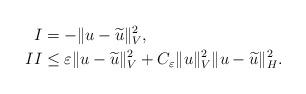
LaTeX: \begin{align*}I & = - \Vert u - \widetilde{u} \Vert_{V}^2 , \\II & \leq \varepsilon \Vert u - \widetilde{u} \Vert_{V}^2 + C_{\varepsilon} \Vert u\Vert_{V}^2 \Vert u - \widetilde{u} \Vert_{H}^2 .\end{align*}